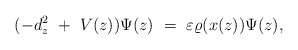
\begin{align*}(- d_z ^2 \ + \ V(z) ) \Psi (z) \ = \ \varepsilon \varrho (x(z)) \Psi (z),\end{align*}